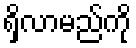
ရှိလာမည်ကို